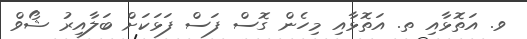
ވ. އަތޮޅާއި ތ. އަތޮޅާއި މިހެން ގޮސް ފަސް ފަޅަކަށް ބަލާއިރު ޝޯވް